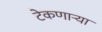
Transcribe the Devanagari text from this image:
टेकणार्‍या